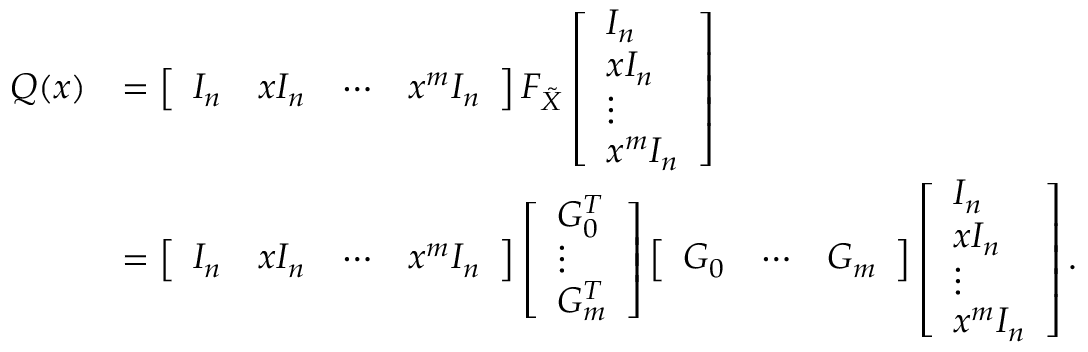
\begin{array} { r l } { Q ( x ) } & { = \left[ \begin{array} { l l l l } { I _ { n } } & { x I _ { n } } & { \cdots } & { x ^ { m } I _ { n } } \end{array} \right] F _ { \tilde { X } } \left[ \begin{array} { l } { I _ { n } } \\ { x I _ { n } } \\ { \vdots } \\ { x ^ { m } I _ { n } } \end{array} \right] } \\ & { = \left[ \begin{array} { l l l l } { I _ { n } } & { x I _ { n } } & { \cdots } & { x ^ { m } I _ { n } } \end{array} \right] \left[ \begin{array} { l } { G _ { 0 } ^ { T } } \\ { \vdots } \\ { G _ { m } ^ { T } } \end{array} \right] \left[ \begin{array} { l l l } { G _ { 0 } } & { \cdots } & { G _ { m } } \end{array} \right] \left[ \begin{array} { l } { I _ { n } } \\ { x I _ { n } } \\ { \vdots } \\ { x ^ { m } I _ { n } } \end{array} \right] . } \end{array}